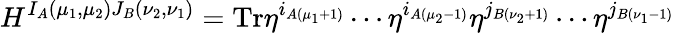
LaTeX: H^{I_{A}(\mu_{1},\mu_{2})J_{B}(\nu_{2},\nu_{1})}=\mathrm{Tr}\eta^{i_{A(\mu_{1}+1)}}\cdots\eta^{i_{A(\mu_{2}-1)}}\eta^{j_{B(\nu_{2}+1)}}\cdots\eta^{j_{B(\nu_{1}-1)}}